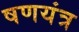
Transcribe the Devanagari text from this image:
षणयंत्र